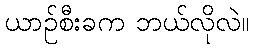
ယာဉ်စီးခက ဘယ်လိုလဲ။